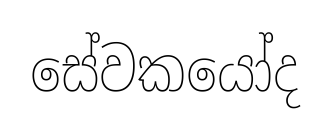
සේවකයෝද